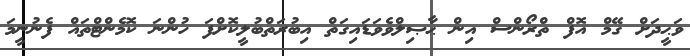
ވަޙީދަށް ގޭމް އޮފް ތްރޯންސް އިން ޙާޞިލްވެވަޑައިގަތް އިބުރަތްބުލީކޮށްފަ ހުންނަ ކޮމެންޓްތައް ފެނުނީމަ